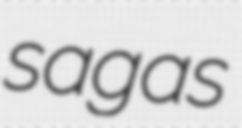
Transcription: sagas